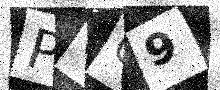
Text: PGG9